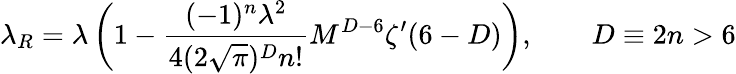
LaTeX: \lambda_{R}=\lambda\left(1-\frac{(-1)^{n}\lambda^{2}}{4(2\sqrt{\pi})^{D}n!}M^{D-6}\zeta^{\prime}(6-D)\right),\qquad D\equiv 2n>6